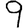
Digit: 9